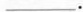
___.